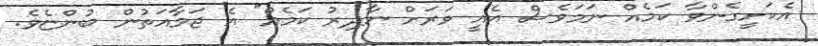
އެކަށީގެންވާ ކަމެއް ނަމަވެސް އެއީ ވަރަށް ނާދިރު ކަމެއް" އެ ޖަމާއަތުން ބުންޏެވެ.